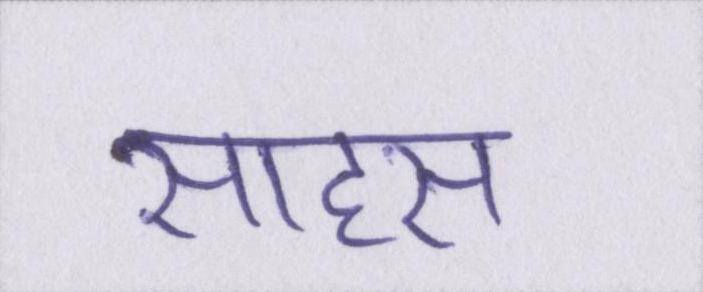
साहस